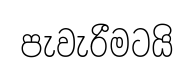
පැවැරීමටයි